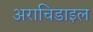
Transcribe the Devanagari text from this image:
अराचिडाइल